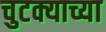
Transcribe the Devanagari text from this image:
चुटक्याच्या